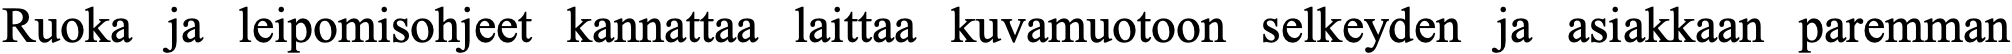
Ruoka ja leipomisohjeet kannattaa laittaa kuvamuotoon selkeyden ja asiakkaan paremman